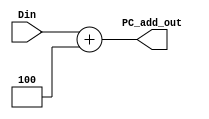
`timescale 1ns / 1ps
//////////////////////////////////////////////////////////////////////////////////
// Company: 
// Engineer: 
// 
// Design Name: 
// Module Name: PCADD
// Project Name: 
// Target Devices: 
// Tool Versions: 
// Description: 
// 
// Dependencies: 
// 
// Revision:
// Revision 0.01 - File Created
// Additional Comments:
// 
//////////////////////////////////////////////////////////////////////////////////


module PCADD(
    input [31:0] Din,
    output [31:0] PC_add_out
    );
    assign PC_add_out = Din+4;
endmodule